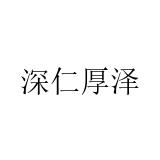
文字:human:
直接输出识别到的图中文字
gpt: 深仁厚泽